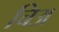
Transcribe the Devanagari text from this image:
चिअ